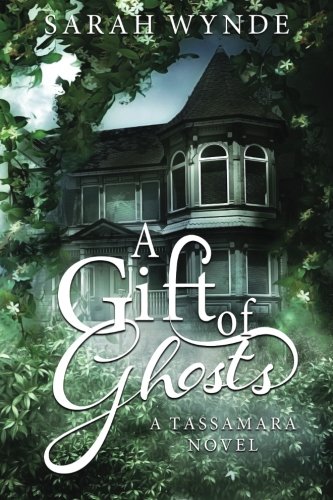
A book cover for A Gift of Ghosts; Sarah Wynde; Science Fiction & Fantasy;